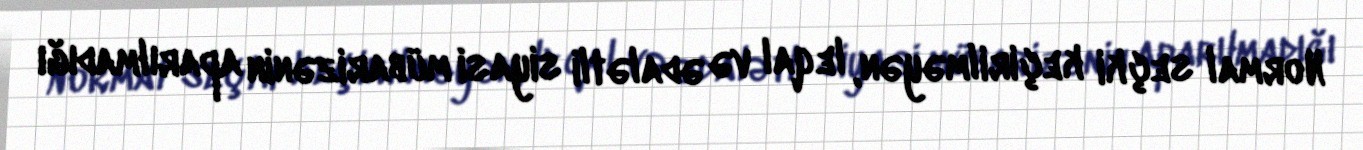
Normal seçki keçirilməyən, leqal və ədalətli siyasi mübarizənin aparılmadığı